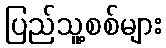
ပြည်သူ့စစ်များ